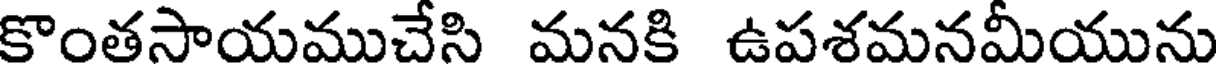
కొంతసాయముచేసి మనకి ఉపశమనమీయును